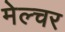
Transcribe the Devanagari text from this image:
मेल्चर